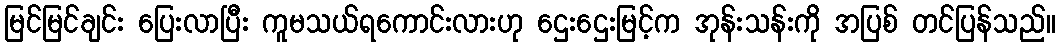
မြင်မြင်ချင်း ပြေးလာပြီး ကူမသယ်ရကောင်းလားဟု ဌေးဌေးမြင့်က အုန်းသန်းကို အပြစ် တင်ပြန်သည်။